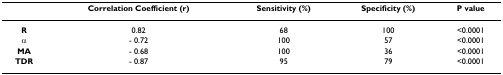
<table><thead><tr><td></td><td><b>Correlation Coefficient (r)</b></td><td><b>Sensitivity (%)</b></td><td><b>Specificity (%)</b></td><td><b>P value</b></td></tr></thead><tbody><tr><td><b>R</b></td><td>0.82</td><td>68</td><td>100</td><td>&lt;0.0001</td></tr><tr><td><b>α</b></td><td>- 0.72</td><td>100</td><td>57</td><td>&lt;0.0001</td></tr><tr><td><b>MA</b></td><td>- 0.68</td><td>100</td><td>36</td><td>&lt;0.0001</td></tr><tr><td><b>TDR</b></td><td>- 0.87</td><td>95</td><td>79</td><td>&lt;0.0001</td></tr></tbody></table>